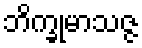
ဘိက္ခုမာသဇ္ဇ